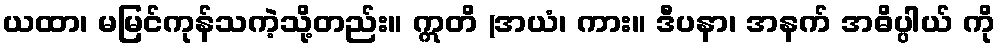
ယထာ၊ မမြင်ကုန်သကဲ့သို့တည်း။ ဣတိ (အယံ၊ ကား။ ဒီပနာ၊ အနက် အဓိပ္ပါယ် ကို